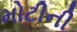
મોટીની